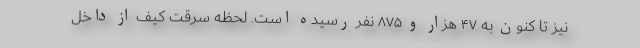
نیز تا کنون به ۴۷ هزار و ۸۷۵ نفر رسیده است. لحظه سرقت کیف از داخل